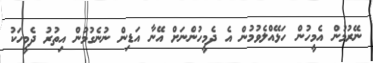
ނޭރުމުން އެމީހުން ހަޅޭއްލެވުމުން އެ ދެމީހުންނަށް އޭނާ އަޑިން ނުނެގުމުން އިތުރު ދެމީހަކު